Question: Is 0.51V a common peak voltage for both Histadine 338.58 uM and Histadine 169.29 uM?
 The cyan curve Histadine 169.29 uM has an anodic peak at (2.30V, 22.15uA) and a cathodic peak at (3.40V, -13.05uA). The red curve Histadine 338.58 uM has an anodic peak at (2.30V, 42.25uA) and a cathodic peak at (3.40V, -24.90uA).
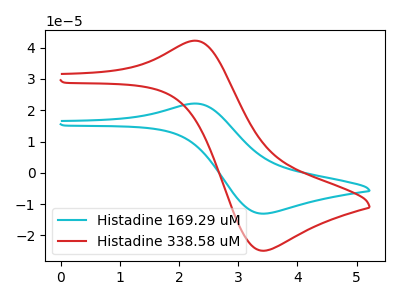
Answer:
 <answer>No, "Histadine 338.58 uM" and "Histadine 169.29 uM" dont share a peak at 0.51V.</answer>
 <eval>mismatch</eval>